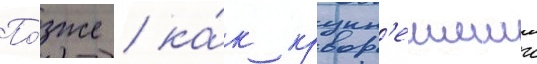
По́зже / ка́к крупн'еишии